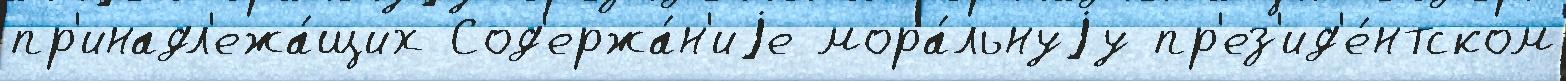
пр'инадл'ежа́щих Сод'ержа́н'иjе мора́льнуjу пр'ез'ид'е́нтском